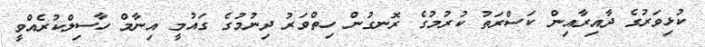
ކުޅިވަރުގެ ދާއިރާއިން ކަސްރަތު ކުރުމުގެ ރޮނގުން ހިތްވަރު ދިނުމުގެ ގައުމީ އިނާމް ހާސިލްކުރެއްވީ